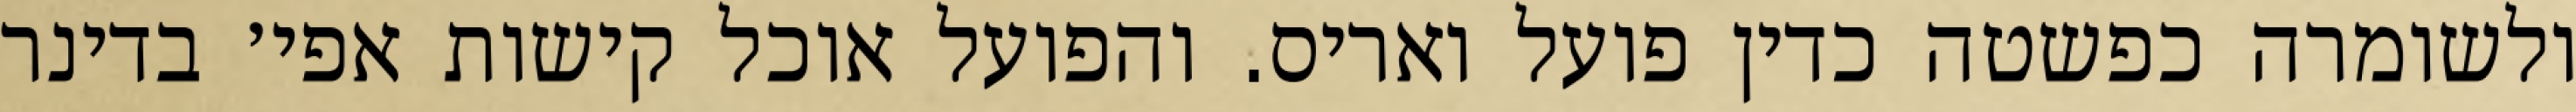
ולשומרה כפשטה כדין פועל ואריס. והפועל אוכל קישות אפי׳ בדינר